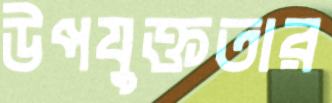
উপযুক্ততার